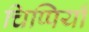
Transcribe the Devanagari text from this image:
चिप्पियाँ